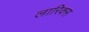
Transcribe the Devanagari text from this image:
लारिक्स